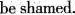
be shamed.